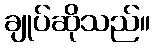
ချုပ်ဆိုသည်။